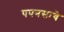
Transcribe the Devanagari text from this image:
पपनसाचे